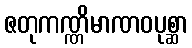
ဇတုကဏ္ဏိမာဏဝပုစ္ဆာ